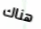
هناك